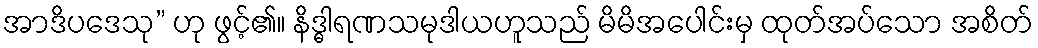
အာဒိပဒေသု” ဟု ဖွင့်၏။ နိဒ္ဓါရဏသမုဒါယဟူသည် မိမိအပေါင်းမှ ထုတ်အပ်သော အစိတ်